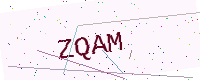
Text: ZQAM